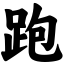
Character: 跑